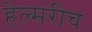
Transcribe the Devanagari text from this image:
हेल्मरीच